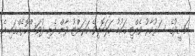
ނަޝީދުގެ ސަރުކާރު ވެއްޓި ޤައުމު ހަލަބޮލިވެ ކަރަންޓު ދާން ފެށި ދުވަސްކޮޅެއްގައި އެ